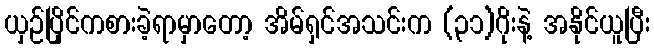
ယှဉ်ပြိုင်ကစားခဲ့ရာမှာတော့ အိမ်ရှင်အသင်းက (၃၁)ဂိုးနဲ့ အနိုင်ယူပြီး